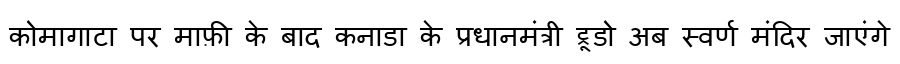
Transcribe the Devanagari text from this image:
कोमागाटा पर माफ़ी के बाद कनाडा के प्रधानमंत्री ट्रूडो अब स्वर्ण मंदिर जाएंगे